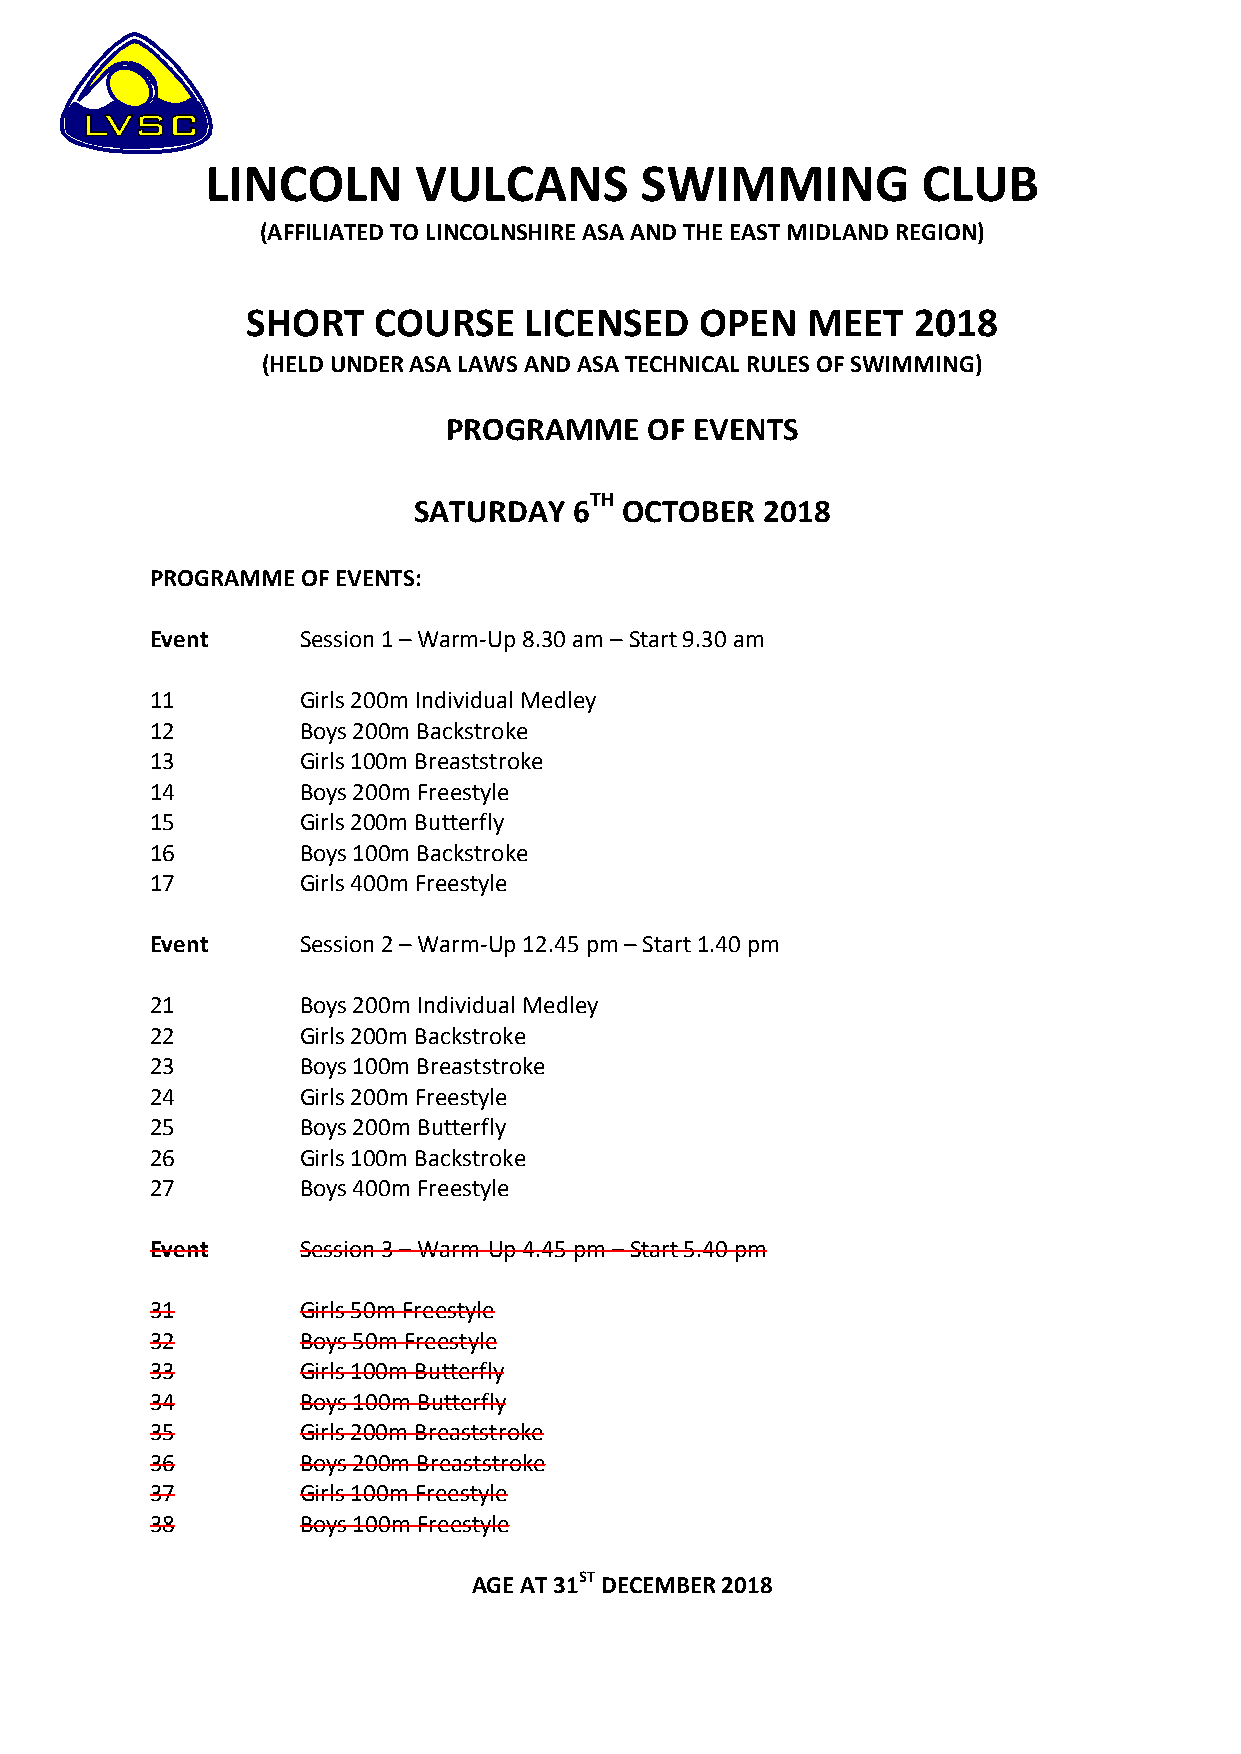
LINCOLN      VULCANS        SWIMMING           CLUB
 (AFFILIATED TO LINCOLNSHIRE ASA AND THE EAST MIDLAND REGION)
 SHORT    COURSE    LICENSED   OPEN   MEET   2018
 (HELD UNDER ASA LAWS AND ASA TECHNICAL RULES OF SWIMMING)
 PROGRAMME     OF EVENTS
 SATURDAY   6TH OCTOBER 2018
 PROGRAMME OF EVENTS:
 Event     Session 1 – Warm-Up 8.30 am – Start 9.30 am
 11        Girls 200m Individual Medley
 12        Boys 200m Backstroke
 13        Girls 100m Breaststroke
 14        Boys 200m Freestyle
 15        Girls 200m Butterfly
 16        Boys 100m Backstroke
 17        Girls 400m Freestyle
 Event     Session 2 – Warm-Up 12.45 pm – Start 1.40 pm
 21        Boys 200m Individual Medley
 22        Girls 200m Backstroke
 23        Boys 100m Breaststroke
 24        Girls 200m Freestyle
 25        Boys 200m Butterfly
 26        Girls 100m Backstroke
 27        Boys 400m Freestyle
 Event     Session 3 – Warm-Up 4.45 pm – Start 5.40 pm
 31        Girls 50m Freestyle
 32        Boys 50m Freestyle
 33        Girls 100m Butterfly
 34        Boys 100m Butterfly
 35        Girls 200m Breaststroke
 36        Boys 200m Breaststroke
 37        Girls 100m Freestyle
 38        Boys 100m Freestyle
 AGE AT 31ST DECEMBER 2018